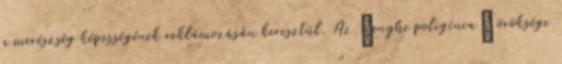
a merészség képességének reklámozásán keresztül. Az „enyhe poligínia” öröksége